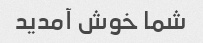
شما خوش آمدید